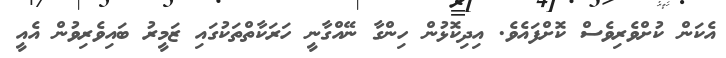
އެކަން ކުށްވެރިވެސް ކޮށްފައެވެ. އިދިކޮޅުން ހިންގާ ނޭއްގާނީ ހަރަކާތްތަކުގައި ޒަމީރު ބައިވެރިވުން އެއީ